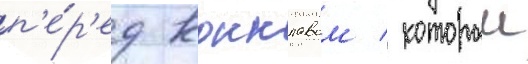
п'е́р'ед конклавом / которыи